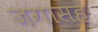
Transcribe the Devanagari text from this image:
जगासह